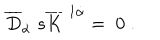
\; \; \overline { { { D } } } _ { \dot { \alpha } } \; s \overline { { { K } } } ^ { \; 1 \dot { \alpha } } = \; 0 \; .